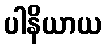
ပါနိယာယ